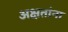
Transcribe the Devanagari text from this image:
अक्षतांना